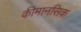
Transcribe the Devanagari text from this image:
कीमानसिक